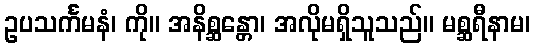
ဥပသင်္ကမနံ၊ ကို။ အနိစ္ဆန္တော၊ အလိုမရှိသူသည်။ မစ္ဆရီနာမ၊